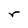
Character: r